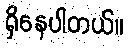
ရှိနေပါတယ်။